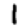
Digit: 1